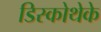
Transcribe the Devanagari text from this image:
डिस्कोथेके